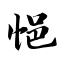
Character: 悒